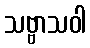
သဗ္ဗာသဝါ